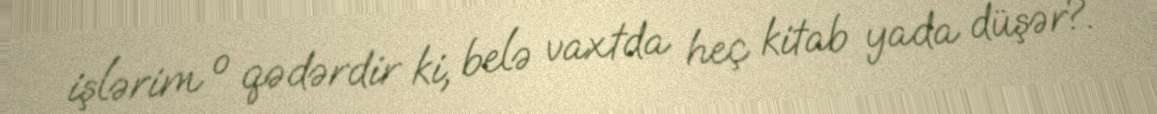
işlərim o qədərdir ki, belə vaxtda heç kitab yada düşər?.